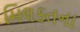
મિલકતના